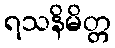
ရသနိမိတ္တ